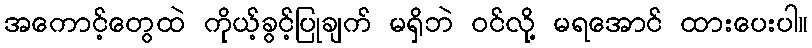
အကောင့်တွေထဲ ကိုယ့်ခွင့်ပြုချက် မရှိဘဲ ဝင်လို့ မရအောင် ထားပေးပါ။